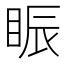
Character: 䀼